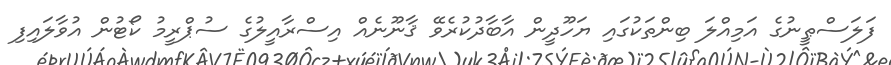
ފަލަސްޠީނުގެ އަމިއްލަ ބިންތަކުގައި ޔަހޫދީން އާބާދުކުރެވޭ ޤާނޫނެއް އިސްރާއީލުގެ ސުޕްރީމު ކޯޓުން އުވާލައިފި